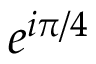
e ^ { i \pi / 4 }